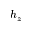
h _ { z }